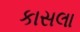
કાસલા